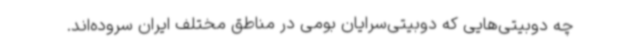
چه دوبیتی‌هایی که دوبیتی‌سرایان بومی در مناطق مختلف ایران سروده‌اند.